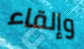
وإلقاء